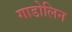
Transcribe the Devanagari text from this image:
गाडोलिन